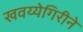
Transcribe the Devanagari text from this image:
खवय्येगिरीने